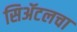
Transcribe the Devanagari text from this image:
सिॲटलचा